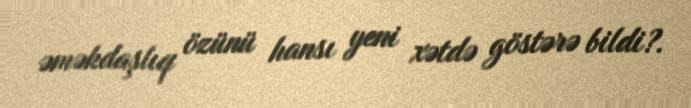
əməkdaşlıq özünü hansı yeni xətdə göstərə bildi?.